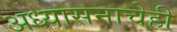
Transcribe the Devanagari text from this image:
अध्यासनाचेही